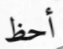
أحظ